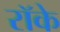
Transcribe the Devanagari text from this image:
रॉके